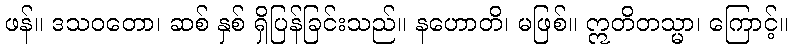
ဖန်။ ဒသဝတော၊ ဆစ် နှစ် ရှိပြန်ခြင်းသည်။ နဟောတိ၊ မဖြစ်။ ဣတိတသ္မာ၊ ကြောင့်။